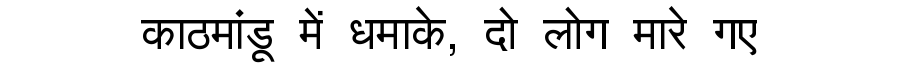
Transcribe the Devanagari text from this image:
काठमांडू में धमाके, दो लोग मारे गए